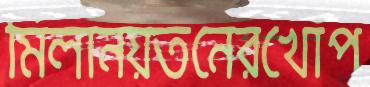
মিলানয়তনেরখোঁপ